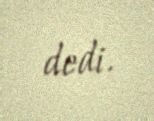
dedi.